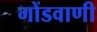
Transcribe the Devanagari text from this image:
गोंडवाणी